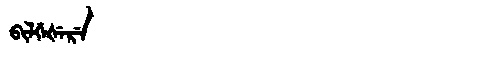
Manchu: ᠪᡳᠯᡤᡝᡧᡝᡵᡝ
Romanization: BILGEŠERE